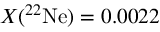
X ( ^ { 2 2 } \mathrm { N e } ) = 0 . 0 0 2 2